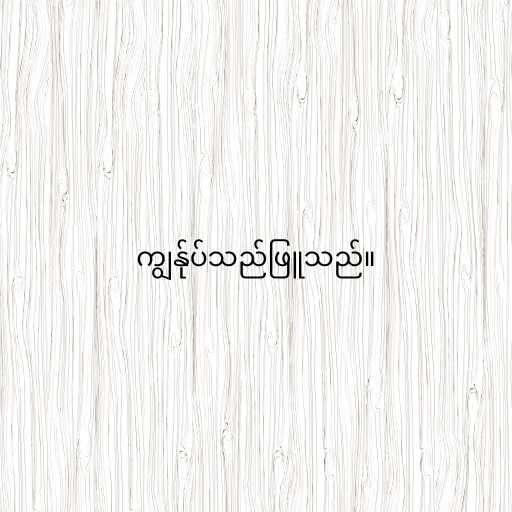
ကျွန်ုပ်သည်ဖြူသည်။